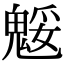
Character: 𩳕